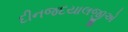
દીનજદયાલજીએ